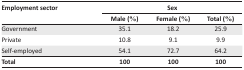
<table><thead><tr><td rowspan="2"><b>Employment sector</b></td><td colspan="3"><b>Sex</b></td></tr><tr><td><b>Male (%)</b></td><td><b>Female (%)</b></td><td><b>Total (%)</b></td></tr></thead><tbody><tr><td>Government</td><td>35.1</td><td>18.2</td><td>25.9</td></tr><tr><td>Private</td><td>10.8</td><td>9.1</td><td>9.9</td></tr><tr><td>Self-employed</td><td>54.1</td><td>72.7</td><td>64.2</td></tr><tr><td>Total</td><td>100</td><td>100</td><td>100</td></tr></tbody></table>